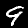
Label: 9